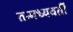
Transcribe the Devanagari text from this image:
तन्मध्यवर्ती